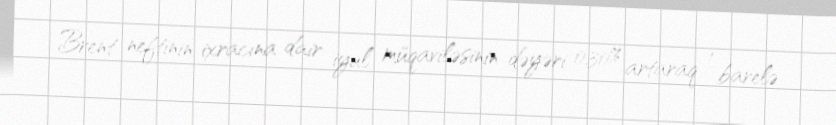
Brent neftinin ixracına dair iyul müqaviləsinin dəyəri 0,30% artaraq 1 barelə